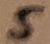
Text: 5